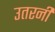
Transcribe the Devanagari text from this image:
उतरनी